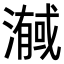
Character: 𭲼